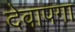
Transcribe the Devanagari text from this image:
देवापगा